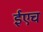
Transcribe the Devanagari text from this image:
ईएच